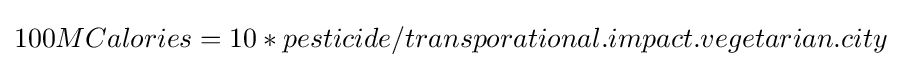
100MCalories=10*pesticide/transporational.impact.vegetarian.city